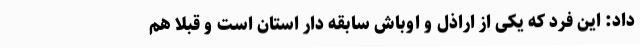
داد: این فرد که یکی از اراذل و اوباش سابقه دار استان است و قبلا هم